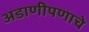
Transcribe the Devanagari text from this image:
अडाणीपणाचे